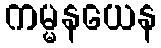
ကမ္မနယေန